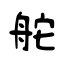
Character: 舵